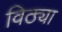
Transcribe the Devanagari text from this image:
विठ्या